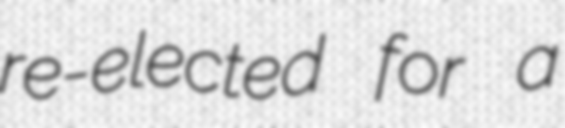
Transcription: re-elected for a